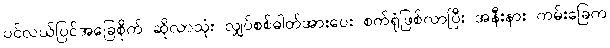
ပင်လယ်ပြင်အခြေစိုက် ဆိုလာသုံး လျှပ်စစ်ဓါတ်အားပေး စက်ရုံဖြစ်လာပြီး အနီးနား ကမ်းခြေက